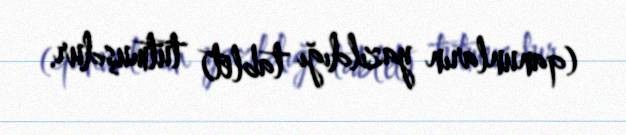
(qanunların yazıldığı tablet) tutmuşdur.